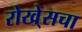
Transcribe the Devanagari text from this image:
रोखे्सचा